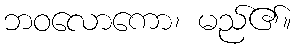
ဘဝလောကော၊ မည်၏။